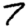
Digit: 7